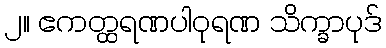
၂။ ဧကတ္ထရဏပါဝုရဏ သိက္ခာပုဒ်